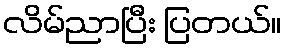
လိမ်ညာပြီး ပြတယ်။